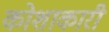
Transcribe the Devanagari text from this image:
कोशाकारी